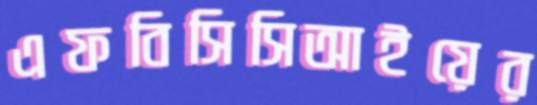
এফবিসিসিআইয়ের